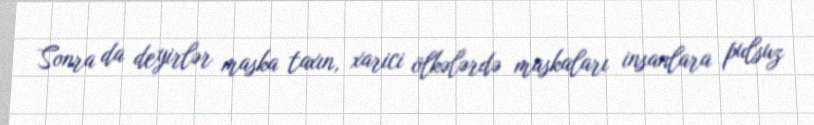
Sonra da deyirlər maska taxın, xarici ölkələrdə maskaları insanlara pulsuz